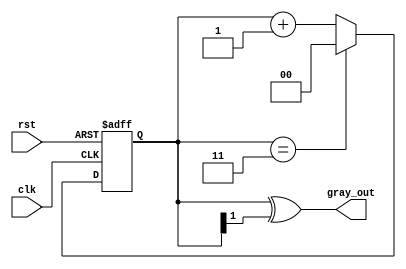
module gray_code_counter #(
    parameter n = 2 // Number of bits for the counter
)(
    input wire clk,       // Clock signal
    input wire rst,       // Asynchronous reset signal
    output reg [n-1:0] gray_out // Gray Code output
);

    reg [n-1:0] binary_count; // Internal binary counter

    // Convert binary to Gray Code
    function [n-1:0] binary_to_gray;
        input [n-1:0] binary;
        begin
            binary_to_gray = binary ^ (binary >> 1);
        end
    endfunction

    // Sequential logic for counter
    always @(posedge clk or posedge rst) begin
        if (rst) begin
            binary_count <= 0; // Reset binary counter to 0
        end else begin
            // Increment the binary counter
            binary_count <= binary_count + 1;
            // Handle wrap-around
            if (binary_count == (1 << n) - 1) begin
                binary_count <= 0; // Wrap around to zero
            end
        end
    end

    // Update Gray Code output
    always @(*) begin
        gray_out = binary_to_gray(binary_count); // Convert binary to Gray Code
    end

endmodule